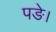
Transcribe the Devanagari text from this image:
पङे।